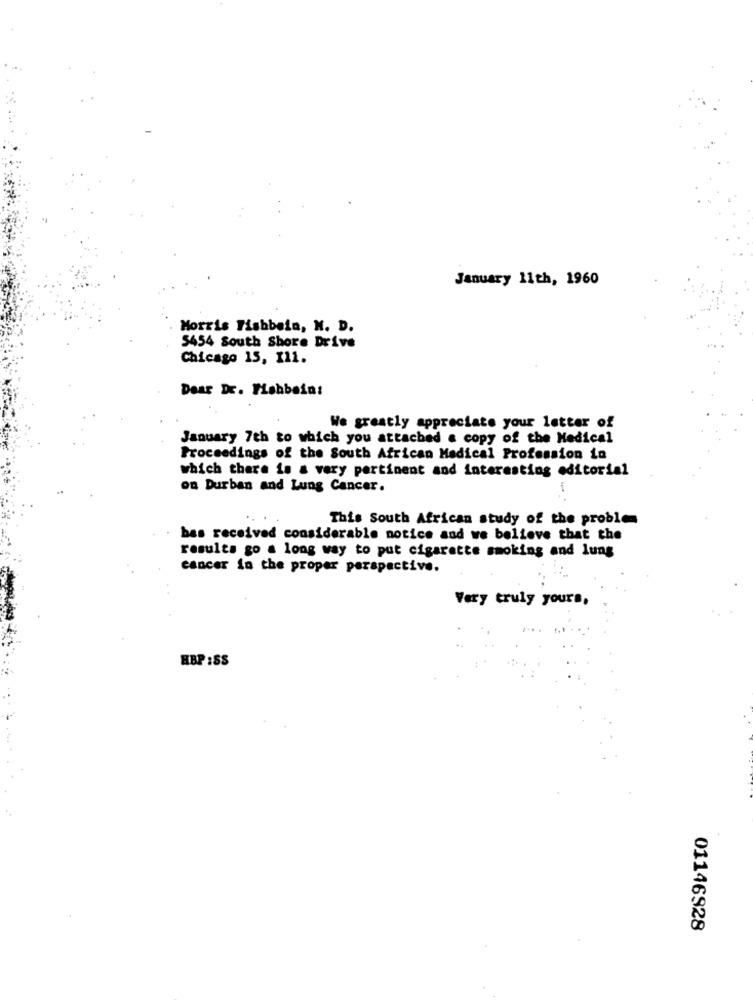
January 11th, 1960
Morris Fishbein, N. D.
5454 South Shore Drive
Chicago 15, 111.
Dear Dr. Fishbein:
We greatly appreciate your letter of
January 7th to which you attached a copy of the Medical
Proceedings of the South African Medical Profession in
which there is a very pertinent and interesting editorial
on Durban and Lung Cancer.
-
This South African study of the proble
bas received considerable notice and we believe that the
results go a long way to put cigarette smoking and lung
cancer in the proper perspective.
Very truly yours,
HBP :SS
01146928